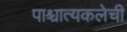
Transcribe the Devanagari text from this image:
पाश्चात्यकलेची